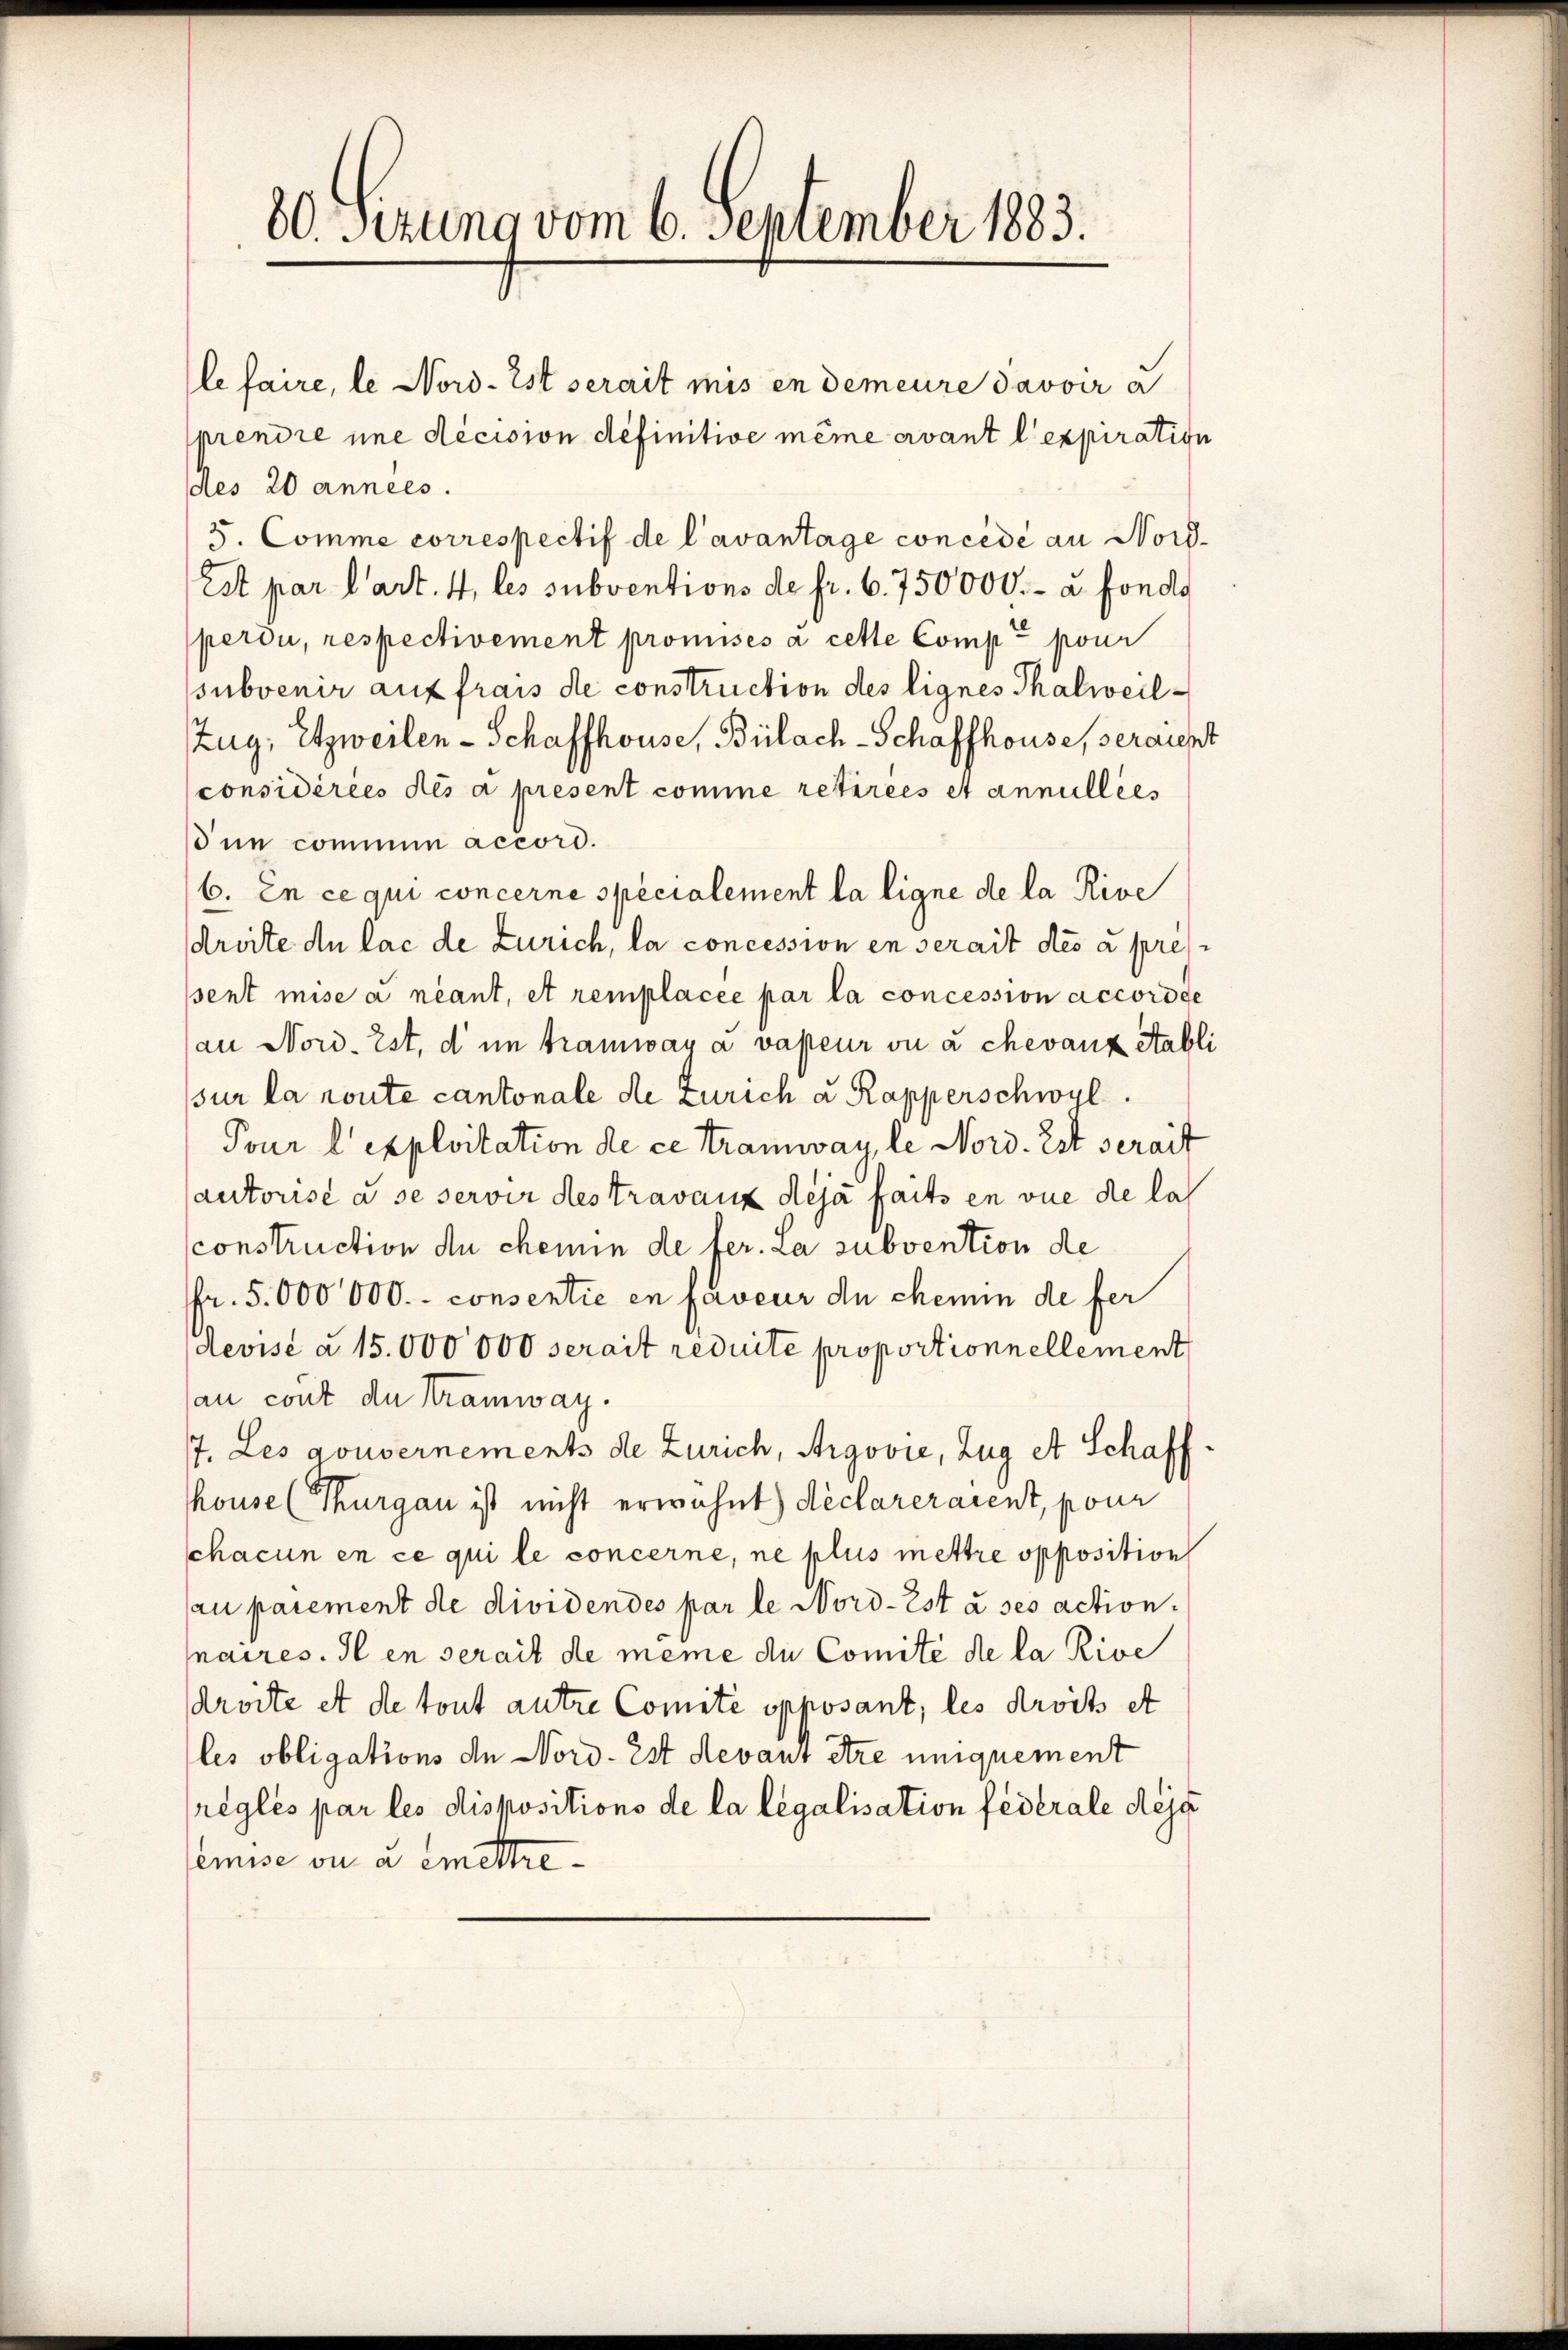
lefaire, le Nord-Est serait mis en demeure Javoir a
prendre une décision definitive même ervant l’expiration
des 20 années.
3. Comme correspectif de l’avantage concédé au Nord¬
Est par l’art. 4, les subventions de fr. 6. 750000.- u. fonds
perdu, respectivement promises à cette Compt pour
subvenir auf frais de construction des lignes Thalweil
Zug, Etzweilen - Schaffhouse, Bülach-Schaffhouse, seraiept
considérées des a present comme retirées et annullees
one commun accord.
6. En ce qui concerne specialement la ligne de la Rive
droite de lac de Zürich, la concession en serait des à pres
sent mise a néant, et remplacée par la concession accordge
au Nord- ist, d im Tramway a vapeur ou à chevanz Stabli
sur la route cantonale de Zürich u. Rapperschwyl
Tour l’exploitation de ce Tramway, le Nord. Ist serait
autorisé à se servir des travaux deja faits en vue de las
construction de chemin de fer. La subvention de
fr. 5.000 000.- consentie en faveur du chemin de fer
devisé à 15.000 000 serait reduite proportionnellement
an cont du Tramway.
7. Les gouvernements de Zürich, Argovie, Zug et Schaff-
house (Thurgau ist nicht erwähnt déclareraient, pour
schacun en ce qui le concerne, ne plus mettre opposition
au parement de dividendes par le Nord-Est à ses action.
naires. Il en serait de même de Comité de la Rive
droite et de tout autre Comité opposant, les droits et
les obligations de Nord- Ist devant être uniquement
réglés par les dispositions de la legalisation fédérale des
emise ou a emettre¬

20. Serung vom 6. September 1883.